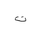
Letter: _ta